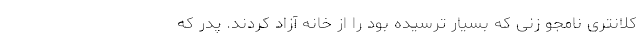
کلانتری نامجو زنی که بسیار ترسیده بود را از خانه آزاد کردند. پدر که